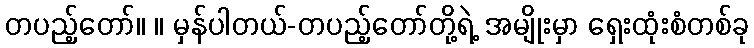
တပည့်တော်။ ။ မှန်ပါတယ်-တပည့်တော်တို့ရဲ့ အမျိုးမှာ ရှေးထုံးစံတစ်ခု